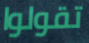
تقولوا